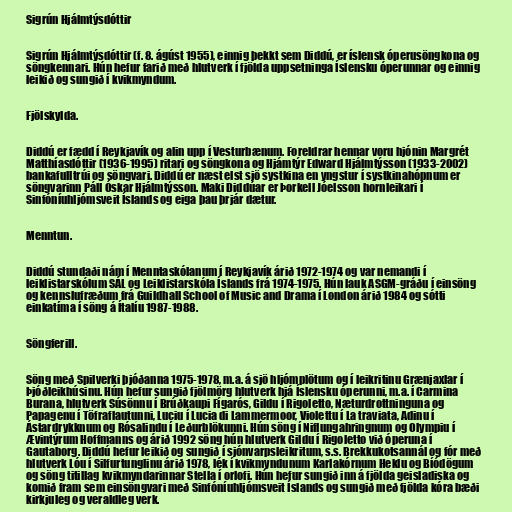
Sigrún Hjálmtýsdóttir

Sigrún Hjálmtýsdóttir (f. 8. ágúst 1955), einnig þekkt sem Diddú, er íslensk óperusöngkona og
söngkennari. Hún hefur farið með hlutverk í fjölda uppsetninga Íslensku óperunnar og einnig
leikið og sungið í kvikmyndum.

Fjölskylda.

Diddú er fædd í Reykjavík og alin upp í Vesturbænum. Foreldrar hennar voru hjónin Margrét
Matthíasdóttir (1936-1995) ritari og söngkona og Hjámtýr Edward Hjálmtýsson (1933-2002)
bankafulltrúi og söngvari. Diddú er næst elst sjö systkina en yngstur í systkinahópnum er
söngvarinn Páll Óskar Hjálmtýsson. Maki Diddúar er Þorkell Jóelsson hornleikari í
Sinfóníuhljómsveit Íslands og eiga þau þrjár dætur.

Menntun.

Diddú stundaði nám í Menntaskólanum í Reykjavík árið 1972-1974 og var nemandi í
leiklistarskólum SÁL og Leiklistarskóla Íslands frá 1974-1975. Hún lauk ASGM-gráðu í einsöng
og kennslufræðum frá Guildhall School of Music and Drama í London árið 1984 og sótti
einkatíma í söng á Ítalíu 1987-1988.

Söngferill.

Söng með Spilverki þjóðanna 1975-1978, m.a. á sjö hljómplötum og í leikritinu Grænjaxlar í
Þjóðleikhúsinu. Hún hefur sungið fjölmörg hlutverk hjá Íslensku óperunni, m.a. í Carmina
Burana, hlutverk Súsönnu í Brúðkaupi Fígarós, Gildu í Rigoletto, Næturdrottninguna og
Papagenu í Töfraflautunni, Luciu í Lucia di Lammermoor, Violettu í La traviata, Adinu í
Ástardrykknum og Rósalindu í Leðurblökunni. Hún söng í Niflungahringnum og Olympiu í
Ævintýrum Hoffmanns og árið 1992 söng hún hlutverk Gildu í Rigoletto við óperuna í
Gautaborg. Diddú hefur leikið og sungið í sjónvarpsleikritum, s.s. Brekkukotsannál og fór með
hlutverk Lóu í Silfurtunglinu árið 1978, lék í kvikmyndunum Karlakórnum Heklu og Bíódögum
og söng titillag kvikmyndarinnar Stella í orlofi. Hún hefur sungið inn á fjölda geisladiska og
komið fram sem einsöngvari með Sinfóníuhljómsveit Íslands og sungið með fjölda kóra bæði
kirkjuleg og veraldleg verk.